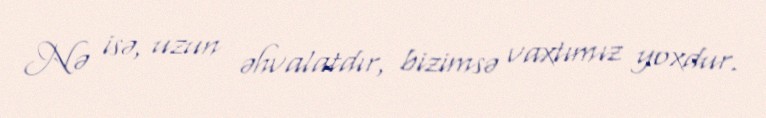
Nə isə, uzun əhvalatdır, bizimsə vaxtımız yoxdur.